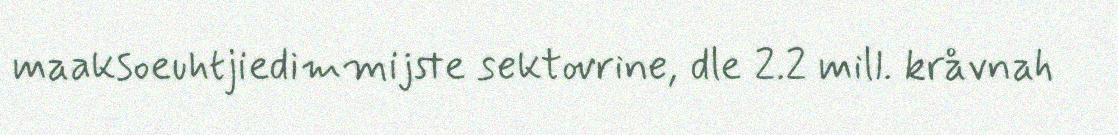
maaksoeuhtjiedimmijste sektovrine, dle 2.2 mill. kråvnah